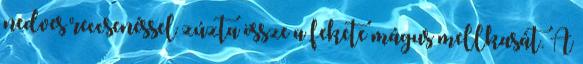
nedves reccsenéssel zúzta össze a fekete mágus mellkasát. A